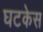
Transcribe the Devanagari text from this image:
घटकेस